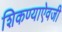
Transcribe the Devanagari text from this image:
शिकण्याऐवजी